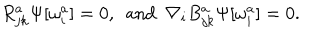
R _ { j k } ^ { a } \Psi [ \omega _ { i } ^ { a } ] = 0 , \enspace \mathrm { a n d } \enspace \nabla _ { i } B _ { j k } ^ { a } \Psi [ \omega _ { i } ^ { a } ] = 0 .